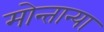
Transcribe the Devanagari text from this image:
मोन्तान्या